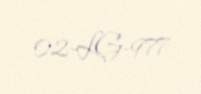
02-LG-977